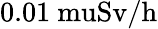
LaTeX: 0.01\mathrm{{\ mu}Sv/h}